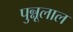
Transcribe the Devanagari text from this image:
पुन्नूलाल